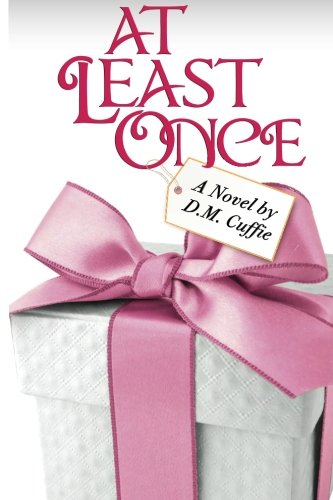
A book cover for At Least Once: A Novel (While We Wait) (Volume 1); D. M. Cuffie; Literature & Fiction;